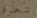
شعرة